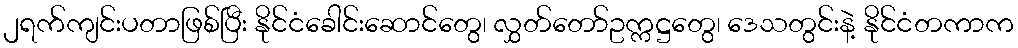
၂ရက်ကျင်းပတာဖြစ်ပြီး နိုင်ငံခေါင်းဆောင်တွေ၊ လွှတ်တော်ဥက္ကဋ္ဌတွေ၊ ဒေသတွင်းနဲ့ နိုင်ငံတကာက